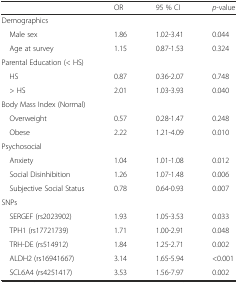
<table><thead><tr><td></td><td><b>OR</b></td><td><b>95 % CI</b></td><td><b><i>p</i>-value</b></td></tr></thead><tbody><tr><td>Demographics</td><td></td><td></td><td></td></tr><tr><td> Male sex</td><td>1.86</td><td>1.02-3.41</td><td>0.044</td></tr><tr><td> Age at survey</td><td>1.15</td><td>0.87-1.53</td><td>0.324</td></tr><tr><td>Parental Education (&lt; HS)</td><td></td><td></td><td></td></tr><tr><td> HS</td><td>0.87</td><td>0.36-2.07</td><td>0.748</td></tr><tr><td> &gt; HS</td><td>2.01</td><td>1.03-3.93</td><td>0.040</td></tr><tr><td>Body Mass Index (Normal)</td><td></td><td></td><td></td></tr><tr><td> Overweight</td><td>0.57</td><td>0.28-1.47</td><td>0.248</td></tr><tr><td> Obese</td><td>2.22</td><td>1.21-4.09</td><td>0.010</td></tr><tr><td>Psychosocial</td><td></td><td></td><td></td></tr><tr><td> Anxiety</td><td>1.04</td><td>1.01-1.08</td><td>0.012</td></tr><tr><td> Social Disinhibition</td><td>1.26</td><td>1.07-1.48</td><td>0.006</td></tr><tr><td> Subjective Social Status</td><td>0.78</td><td>0.64-0.93</td><td>0.007</td></tr><tr><td>SNPs</td><td></td><td></td><td></td></tr><tr><td> SERGEF (rs2023902)</td><td>1.93</td><td>1.05-3.53</td><td>0.033</td></tr><tr><td> TPH1 (rs17721739)</td><td>1.71</td><td>1.00-2.91</td><td>0.048</td></tr><tr><td> TRH-DE (rs514912)</td><td>1.84</td><td>1.25-2.71</td><td>0.002</td></tr><tr><td> ALDH2 (rs16941667)</td><td>3.14</td><td>1.65-5.94</td><td>&lt;0.001</td></tr><tr><td> SCL6A4 (rs4251417)</td><td>3.53</td><td>1.56-7.97</td><td>0.002</td></tr></tbody></table>